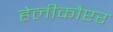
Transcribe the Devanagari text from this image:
हेलीकौप्टर